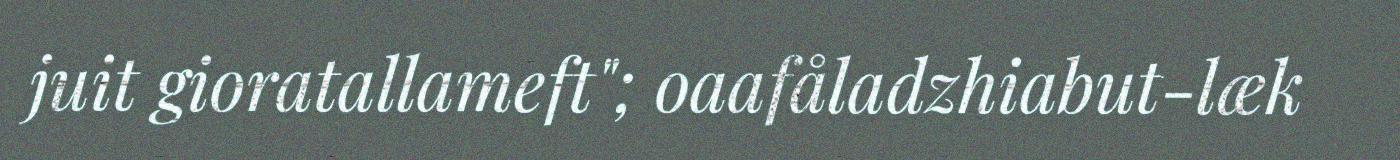
juit gioratallameft"; oaafåladzhiabut-læk